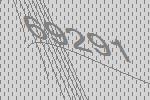
69291